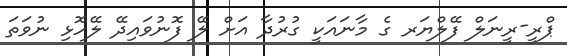
ޕްރީ-ރީނަލް ފޭލްޔަރ ގެ މާނައަކީ ގުރުދާ އަށް ލޭ ފޮނުވައިދޭ ލޭހޮޅި ނުވަތަ